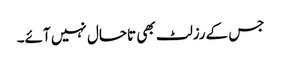
جس کےرزلٹ بھی تاحال نہیں آئے۔